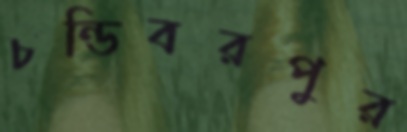
চন্ডিবরপুর